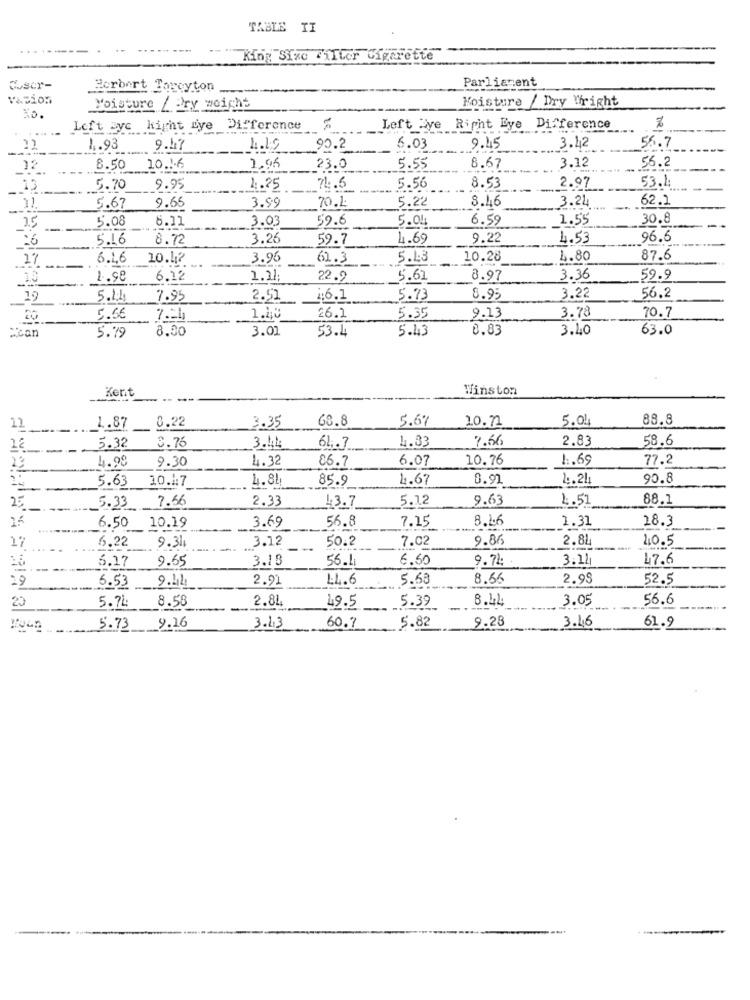
TABLE TI
King Size Filter Cigarette
C.sor-
Herbert Topeyton
Parliament
Moisture / Dry Wright
Moisture / Dry weight
...
Left Eye hight Lye Difference
Left ave Right Eye Difference
4.93
9.47
4.19
90.2
6.03
9.45
3.42
56.7
12
8.50 10.16
1.96
23.0
5.55
8.67
3.12
55.2
53.4
13
5.70
9.95
1.25
71 :. 6
5.56
8.53
2.97
8.46
3.21
62.1
--
5.67
9.65
3.99
70.2
5.22
25
6.11
3.03
59.6
6.59
1.55
30.8
-
5.08
5.04
26
5.16
8.72
3.26
59.7
4.69
9.22
4.53
96.6
27
6.16
10.42
3.96
62.3
5.43
10.28
1.80
87.6
1.98
6.12
1.21;
22.9
5.61
8.97
3.36
59.9
19
5.14
7.95
2.51
1:6.1
5.73
8.95
3.22
56.2
20
5.66
1.40
26.2
5.35
9.13
3.78
70.7
:can
8.00
3.01
53.4
5.43
0.83
3.40
63.0
5.79
Kent
Winston
3.35
68.8
5.6%
10.71
5.01
88.8
11
1.87 _ 0.22
1.83
7.66
2.83
58.6
---
5.32
3.76
3.44
64.7
4.99
9.30
4.32
6.07
10.76
1.69
77.2
29
06.7
10.47
4.84
85.9
4.67
8.91
4.21
90.8
5.63
2.33
5.12
9.63
4.51
88.1
25
5.33 7.56
43.7
8.1.6
1.31
18.3
6.50 10.19
3.69
56.8
7.15
3.12
7.02
9.86
2.81
40.5
17
6.22
9.31.
50.2
9.65
3.18
56.1
6.50
9.72
3.12
47.6
6.17
29
9.44
2.91
14.6
5.63
8.66
2.98
52.5
5.53
8.44
3.05
56.6
20
5.74
8.58
2.84
49.5
5.39
3.43
3.46
61.9
5.73
9.26
60.7
5.82
9.28